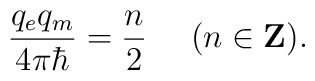
{{q_e q_m}\over {4\pi\hbar}} ={n\over 2} \ \ \ \ (n\in {\bf Z}).